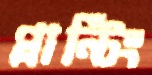
প্লান্টিং